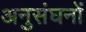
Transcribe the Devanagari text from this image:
अनुसंघनों